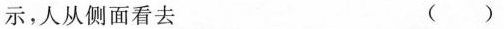
示，人从侧面看去 ()